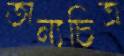
অন্যচিত্র